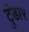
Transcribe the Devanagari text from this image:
टुंडार